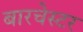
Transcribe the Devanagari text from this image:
बारचेस्टर